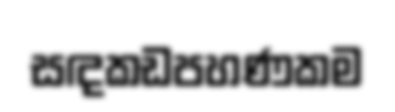
සඳකඩපහණකම